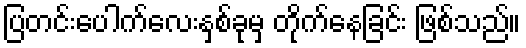
ပြတင်းပေါက်လေးနှစ်ခုမှ တိုက်နေခြင်း ဖြစ်သည်။